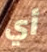
أي